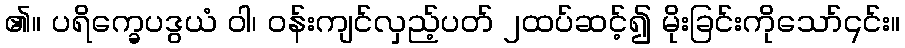
၏။ ပရိက္ခေပဒွယံ ဝါ၊ ဝန်းကျင်လှည့်ပတ် ၂ထပ်ဆင့်၍ မိုးခြင်းကိုသော်၎င်း။